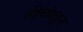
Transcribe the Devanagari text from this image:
लीळांतून